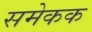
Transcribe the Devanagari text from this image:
समेकक